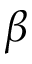
\beta